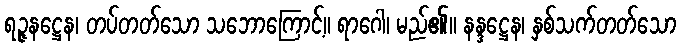
ရဉ္ဇနဋ္ဌေန၊ တပ်တတ်သော သဘောကြောင့်။ ရာဂေါ၊ မည်၏။ နန္ဒဋ္ဌေန၊ နှစ်သက်တတ်သော